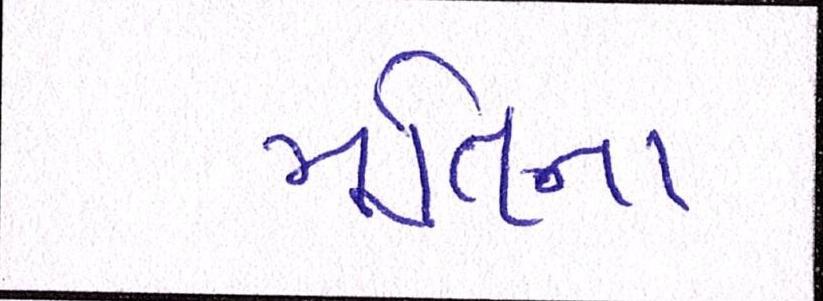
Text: મૂર્તિના